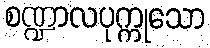
စဏ္ဍာလပုက္ကုသော